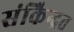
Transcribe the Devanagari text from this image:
संकेिन्द्रत